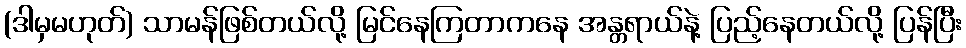
(ဒါမှမဟုတ်) သာမန်ဖြစ်တယ်လို့ မြင်နေကြတာကနေ အန္တရာယ်နဲ့ ပြည့်နေတယ်လို့ ပြန်ပြီး